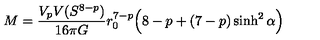
M = \frac { V _ { p } V ( S ^ { 8 - p } ) } { 1 6 \pi G } r _ { 0 } ^ { 7 - p } \Big ( 8 - p + ( 7 - p ) \sinh ^ { 2 } \alpha \Big )